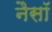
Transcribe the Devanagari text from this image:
नैसॉ